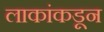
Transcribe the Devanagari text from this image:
लाकांकडून